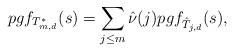
LaTeX: \begin{align*} pgf_{T_{m,d}^*}(s)=\sum_{j\leq m} \hat{\nu}(j) pgf_{\hat{T}_{j,d}}(s),\end{align*}